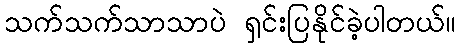
သက်သက်သာသာပဲ ရှင်းပြနိုင်ခဲ့ပါတယ်။